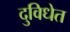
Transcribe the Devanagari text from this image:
दुविधेत